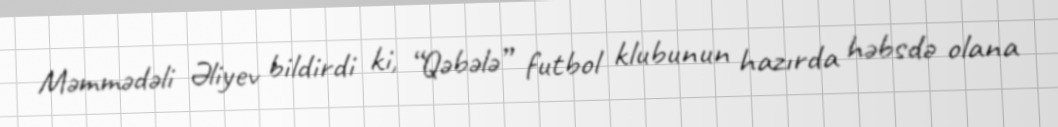
Məmmədəli Əliyev bildirdi ki, “Qəbələ” futbol klubunun hazırda həbsdə olana